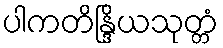
ပါကတိန္ဒြိယသုတ္တံ